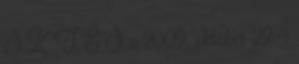
S Z T É S a 2009. október 29.-i